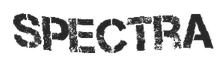
SPECTRA